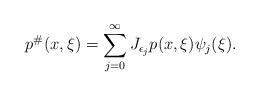
LaTeX: \begin{align*}p^{\#}(x,\xi)=\displaystyle\sum_{j=0}^{\infty}J_{\epsilon_{j}}p(x,\xi)\psi_j(\xi).\end{align*}